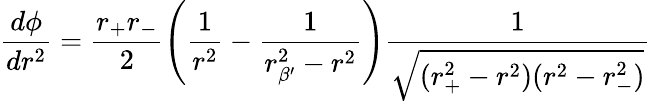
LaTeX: \frac{d\phi}{dr^{2}}=\frac{r_{+}r_{-}}{2}\left(\frac{1}{r^{2}}-\frac{1}{r_{\beta^{\prime}}^{2}-r^{2}}\right)\frac{1}{\sqrt{(r_{+}^{2}-r^{2})(r^{2}-r_{-}^{2})}}